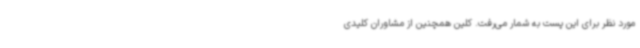
مورد نظر برای این پست به شمار می‌رفت. کلین همچنین از مشاوران کلیدی